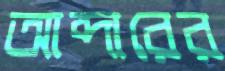
আব্দারের